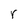
Character: r